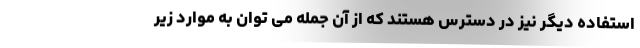
استفاده دیگر نیز در دسترس هستند که از آن جمله می توان به موارد زیر